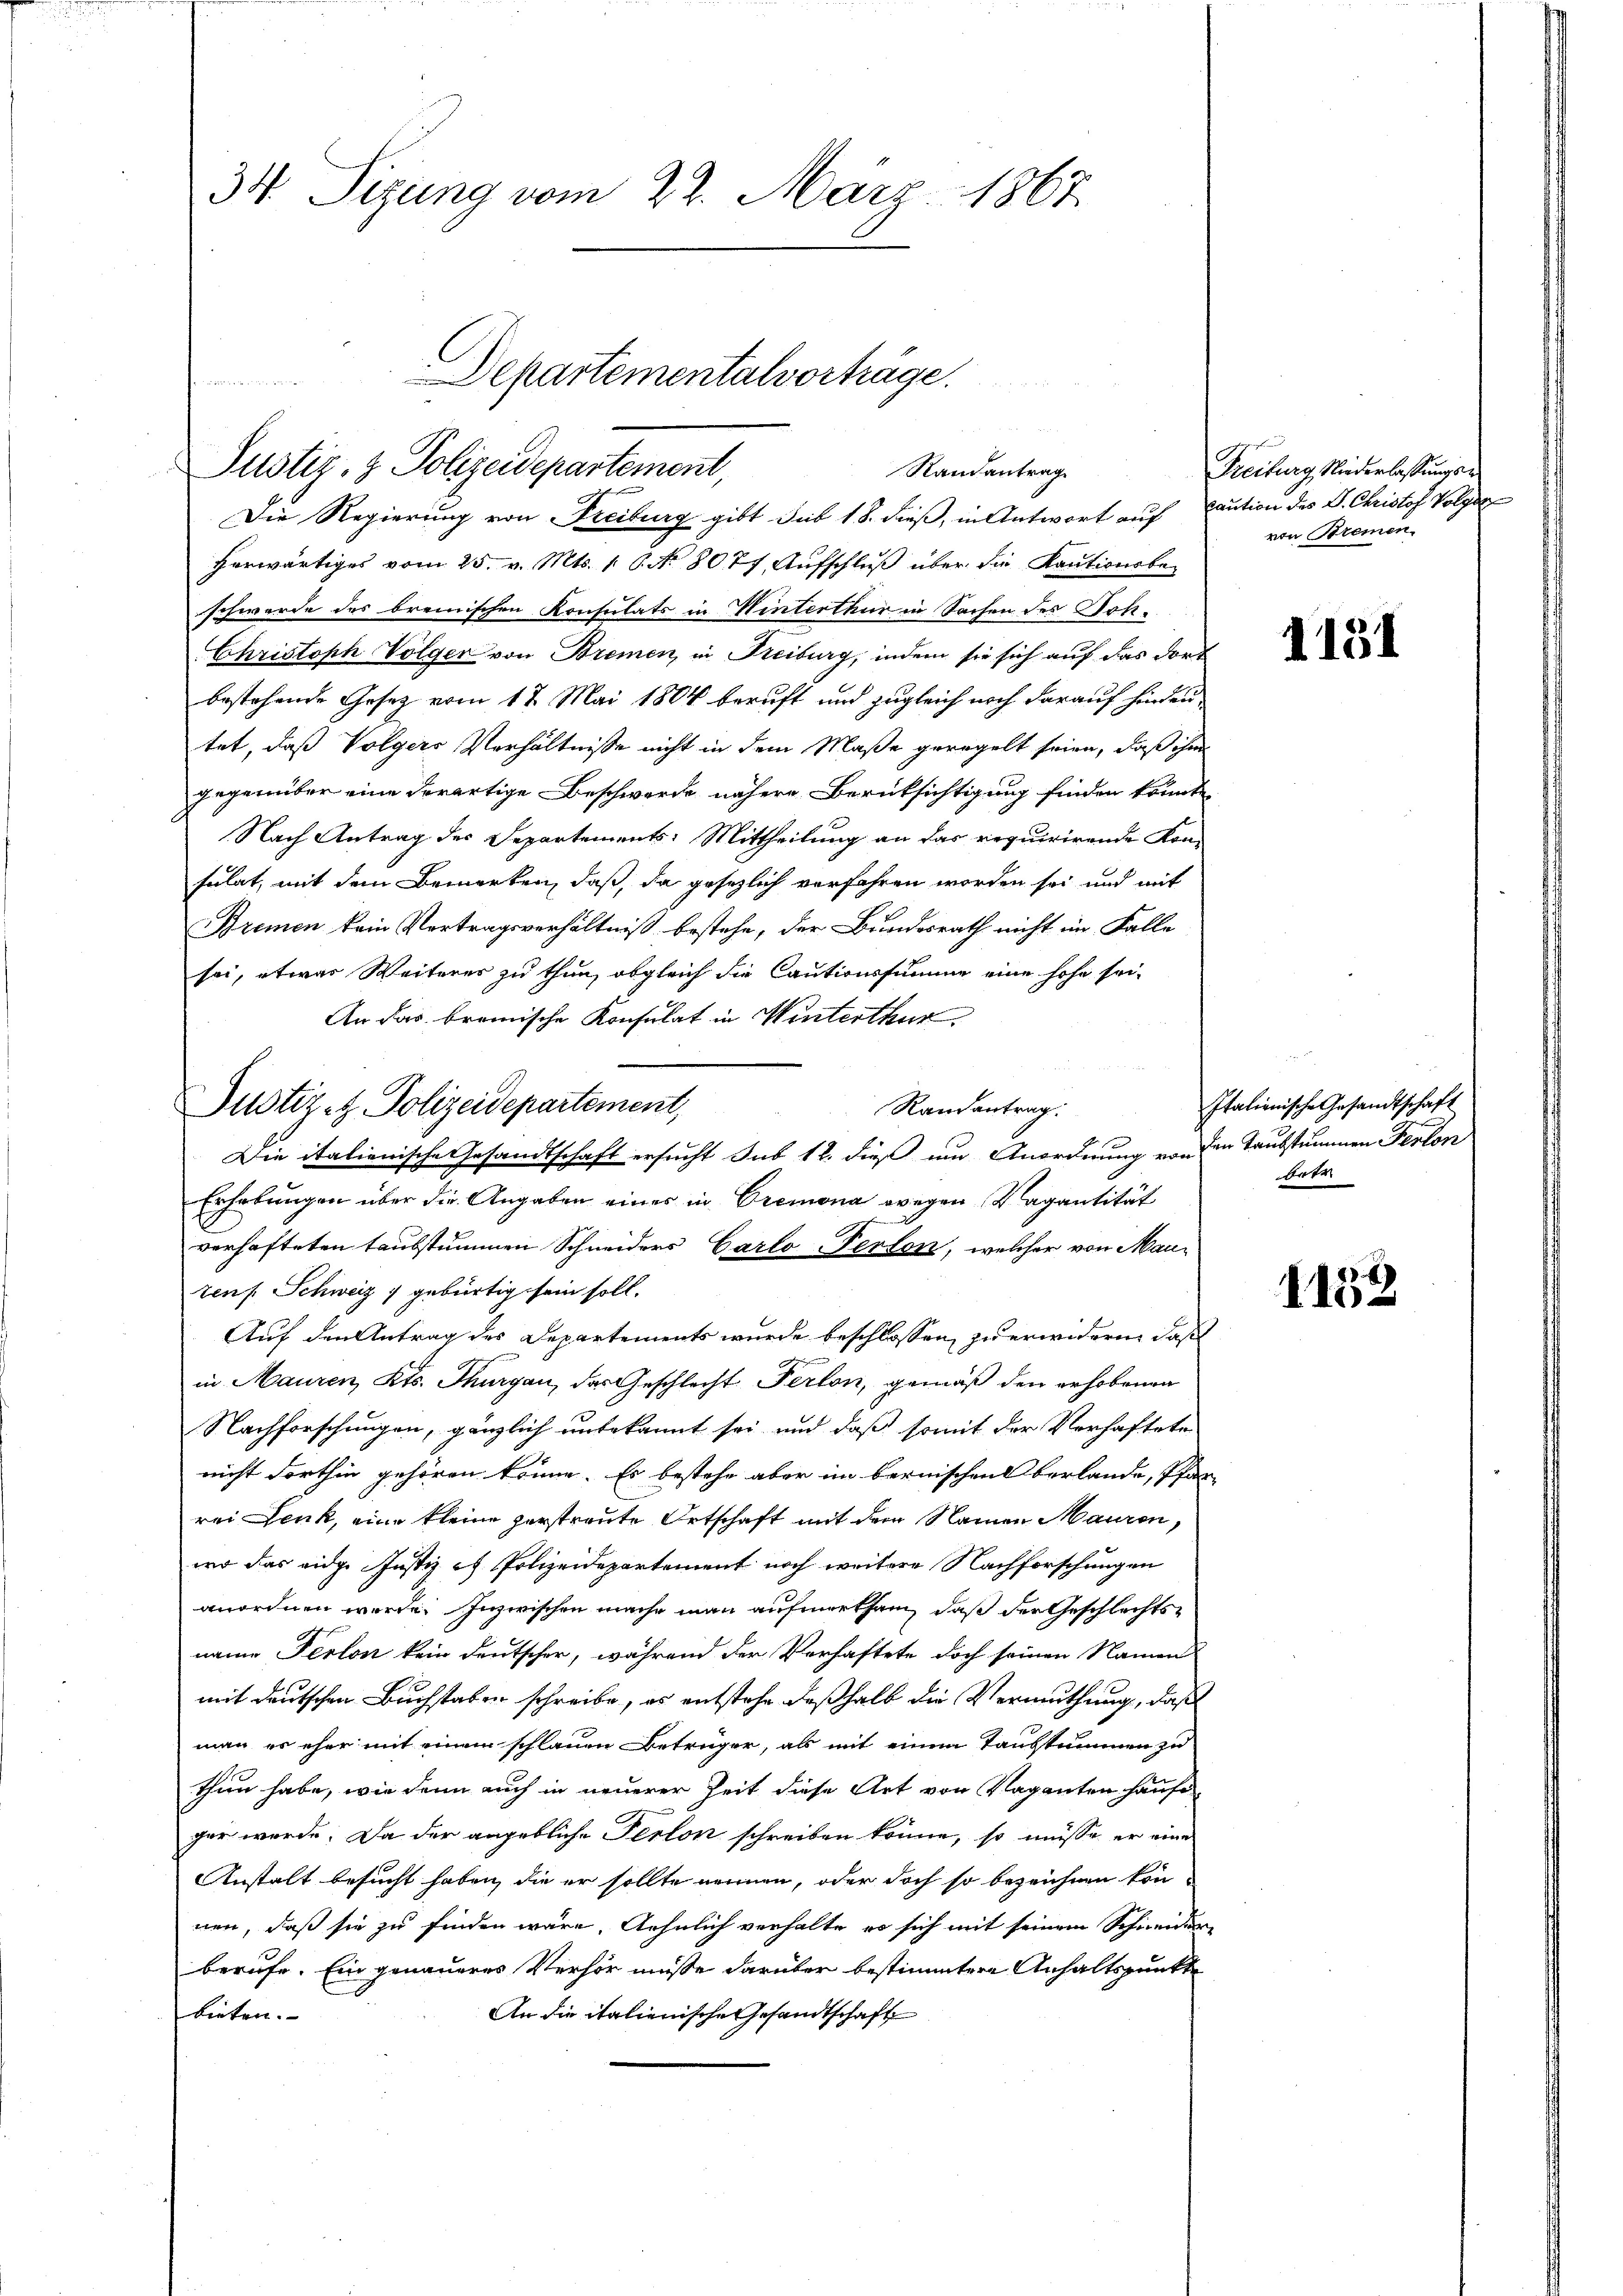
34 Sizung vom 22. März 1867

Justiz- & Polizeidepartement,
Randantrag
Die Regierung von Freiburg gibt sub 18. dieß, in Antwort auf Caution des L. Christof Volger

Justiz- & Polizeidepartement,

Departementalvorträge.

herwärtiges vom 25. v. Mts. 1. 6. No 8077. Aŭfschluß über die Kautionsbe-
schwerde des brenischen Konsulats in Winterthur in Sachen des Soh¬
Christoph Volger von Bremen, in Freiburg, indem sie sich auf das dort
bestehende Gesetz vom 18. Mai 1804 beruft und zugleich noch darauf hinden
tet, daß Volgers Verhältnisse nicht in dem Maße geregelt seien, daß ihm
gegenüber eine derartige Beschwerde nähere Berüksichtigung finden könnte
Nach Antrag des Separtements: Mittheilung an das requirirende Kon-
sulat, mit dem Bemerken, daß, da gesezlich verfahren worden sei und mit
Bremen kein Vertragsverhältniß bestehe, der Bundesrath nicht im Falle
sei, etwas Weiterer zu thun, obgleich die Cautionssumme eine hohe sei¬
An das bremische Konsulat in Winterthur.
Randantrag.
Die italienische Gesandtschaft ersucht sub 12. dieß um Anordnung von den Taubstummen Ferton
Erhebungen über die Angaben einer in Cremona wegen Vagantität
verhafteten taubstummen Schneiders Carlo-Perton, welcher von Mau-
zens Schweiz gebürtig sein soll.
Auf den Antrag des Departements wurde beschlossen zu erwideren, daß
in Mauren, Kts. Thurgau, das Geschlecht Person, gemäß den erhobenen
Nachforschungen, gänzlich unbekannt sei und daß somit der Verhaftete
nicht dorthin gehören könne. Es bestehe aber im bernischen Oberlande, Pfarrei Lenk, eine kleine zerstraute Ortschaft mit dem Namen Mauren,
wo das eidg. Justiz es Polizeidepartement noch weitere Nachforschungen
anordnen werde. Inzwischen mache man aufmerksam, daß der Geschlechtsname Perton kein Deutscher, während der Verhaftete doch seinen Namen
mit deutschen Buchstaben schreibe, es entstehe deßhalb die Vermuthung, daß
man es eher mit einem schlauen Betrüger, als mit einem Taubstummen zu
thun habe, wie denn auch in neuerer Zeit diese Art von Vaganten hause
gar wurde. Da der angebliche Perton schreiben könne, so müsse er eine
Anstalt besucht haben, die er sollte nennen, oder doch so bezeichnen können, daß sie zu finden wäre, Aehnlich verhalte es sich mit seinem Schneider-
berufe. Ein genaueres Verhör müsse darüber bestimmtere Anhaltspunkte
An die italienische Gesandtschaft
bieten.

Freiburg, Niederlassungsvon Bremen

1131

Italienische Gesandtschaft
betr

1152